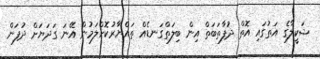
ޝަކީލާގެ އަތުގައި އޮތް ދުފާތަބަތް އިން ބިލަތްގަނޑެއް ތައްޔާރުކޮށްލަމުން އޭނަ ގަދަޔަށް ދުފަން